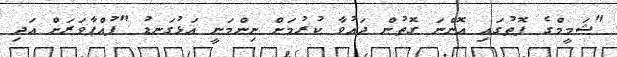
"ޝަމީމްގެ ފޮތުގައި އޮންނަ ގޮތުން ދައުވާ ކުރުމަށް ނިންމަނީ އަޅުގަނޑު "ފުއްޕާވަރަށް އަދި